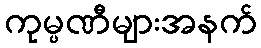
ကုမ္ပဏီများအနက်